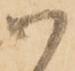
御